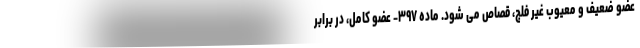
عضو ضعیف و معیوب غیر فلج، قصاص می شود. ماده ۳۹۷- عضو کامل، در برابر